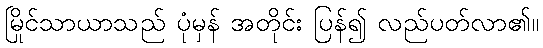
မြိုင်သာယာသည် ပုံမှန် အတိုင်း ပြန်၍ လည်ပတ်လာ၏။